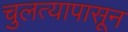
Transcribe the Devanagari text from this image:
चुलत्यापासून